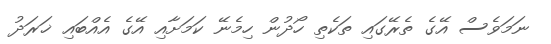
ނަމަވެސް އޭގެ ތެރޭގައި ތަކެތި ހޯދުން ހިމެނޭ ކަމަށާއި އޭގެ އެއްބައި ޚަރަދު